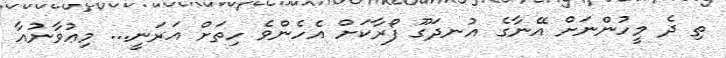
ތި ދެ މީހުންނަށް އޭނާގެ އުނދަގޫ ފޯރާކަށް އެހެންވެ ހިތަށް އަރަނީ... މިޢުވާނުއާ